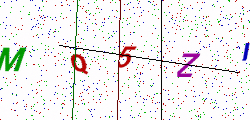
Text: MQ5ZI